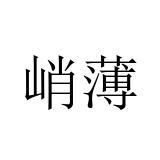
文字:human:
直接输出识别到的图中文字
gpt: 峭薄